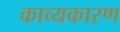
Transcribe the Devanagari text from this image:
काव्यकारण